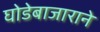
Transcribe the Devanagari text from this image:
घोडेबाजाराने